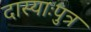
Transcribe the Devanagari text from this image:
दास्याःपुत्र